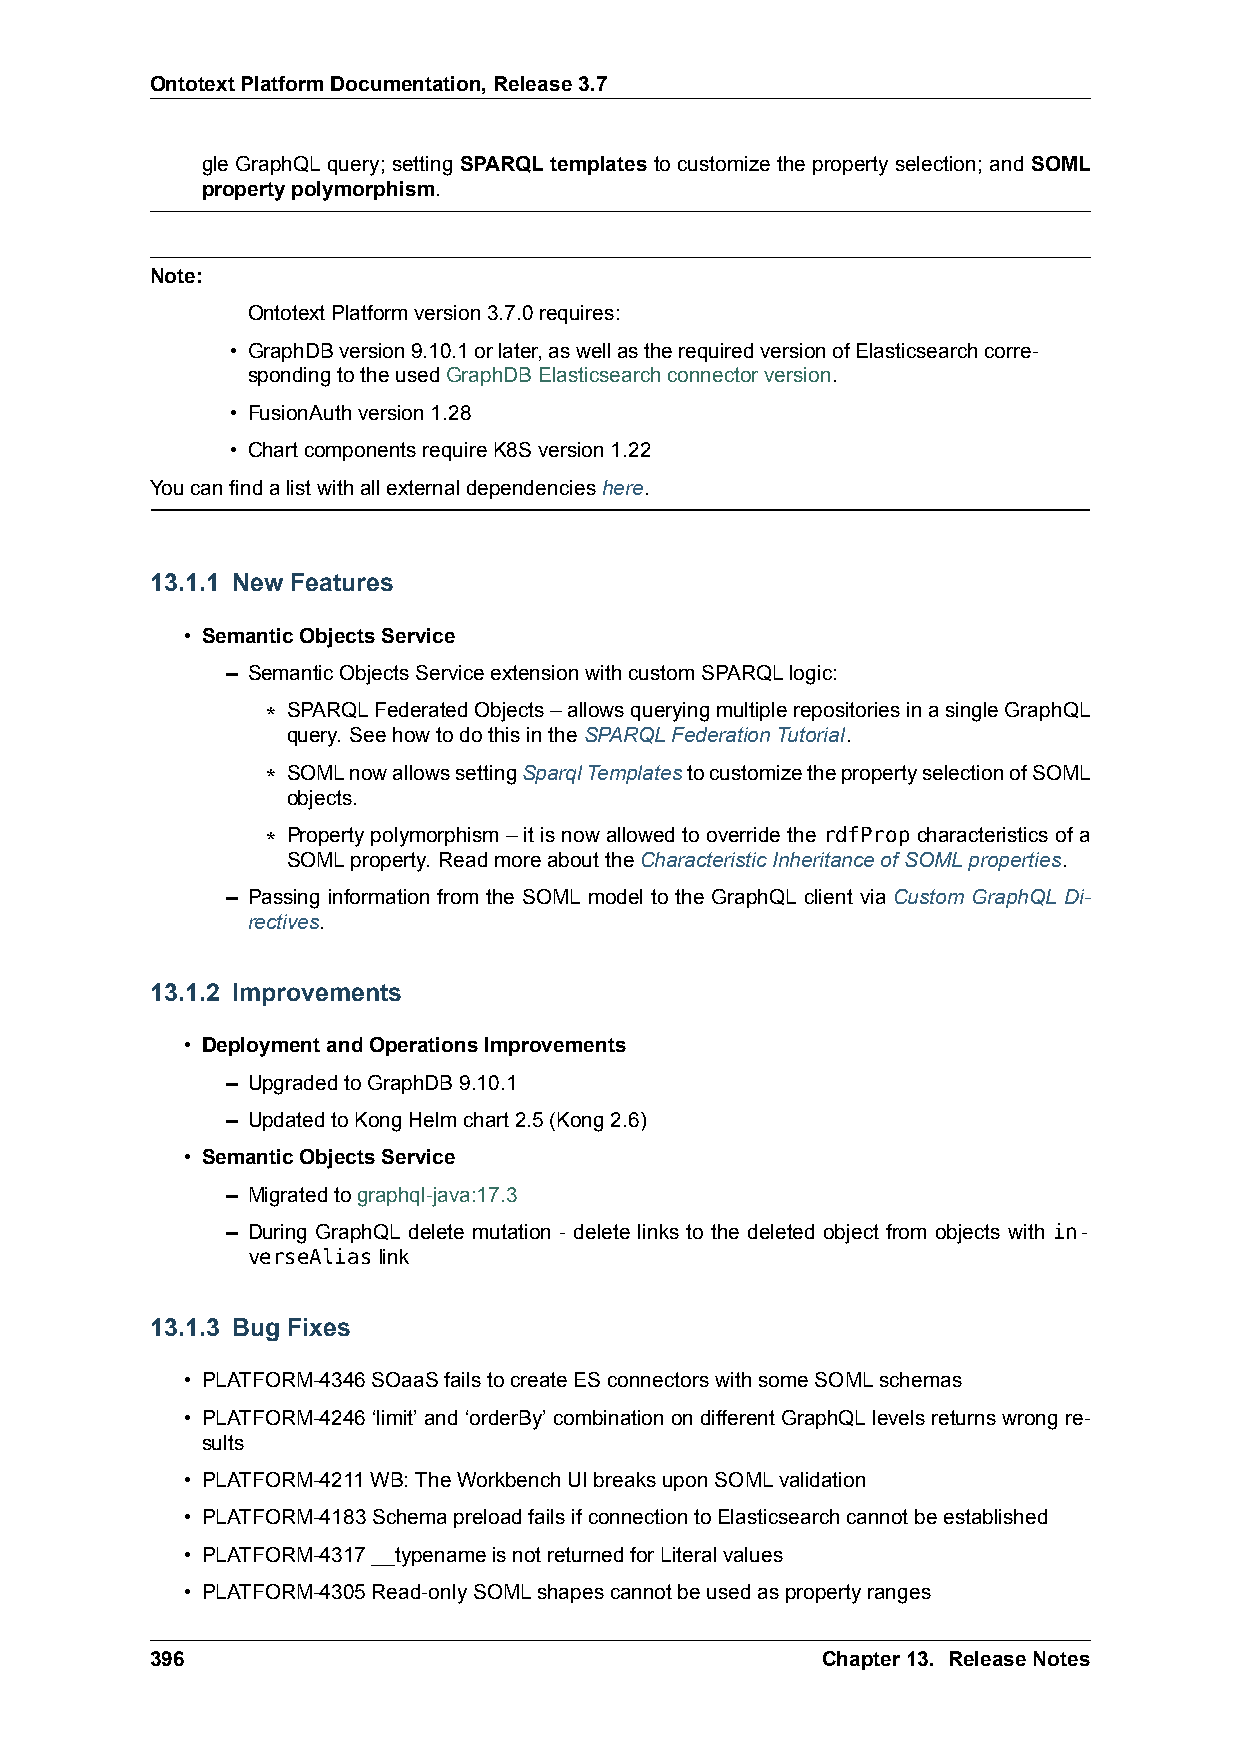
OntotextPlatformDocumentation,Release3.7
 gle GraphQL query; setting SPARQL templates to customize the property selection; and SOML
 propertypolymorphism.
 Note:
 OntotextPlatformversion3.7.0requires:
 • GraphDBversion9.10.1orlater,aswellastherequiredversionofElasticsearchcorre-
 spondingtotheusedGraphDBElasticsearchconnectorversion.
 • FusionAuthversion1.28
 • ChartcomponentsrequireK8Sversion1.22
 Youcanfindalistwithallexternaldependencieshere.
 13.1.1 New Features
 • SemanticObjectsService
 – SemanticObjectsServiceextensionwithcustomSPARQLlogic:
 * SPARQLFederatedObjects–allowsqueryingmultiplerepositoriesinasingleGraphQL
 query. SeehowtodothisintheSPARQLFederationTutorial.
 * SOMLnowallowssettingSparqlTemplatestocustomizethepropertyselectionofSOML
 objects.
 * Propertypolymorphism–itisnowallowedtooverridethe rdfPropcharacteristicsofa
 SOMLproperty. ReadmoreabouttheCharacteristicInheritanceofSOMLproperties.
 – Passing information from the SOML model to the GraphQL client via Custom GraphQL Di-
 rectives.
 13.1.2 Improvements
 • DeploymentandOperationsImprovements
 – UpgradedtoGraphDB9.10.1
 – UpdatedtoKongHelmchart2.5(Kong2.6)
 • SemanticObjectsService
 – Migratedtographql-java:17.3
 – During GraphQL delete mutation - delete links to the deleted object from objects with in-
 verseAliaslink
 13.1.3 Bug Fixes
 • PLATFORM-4346SOaaSfailstocreateESconnectorswithsomeSOMLschemas
 • PLATFORM-4246‘limit’and‘orderBy’combinationondifferentGraphQLlevelsreturnswrongre-
 sults
 • PLATFORM-4211WB:TheWorkbenchUIbreaksuponSOMLvalidation
 • PLATFORM-4183SchemapreloadfailsifconnectiontoElasticsearchcannotbeestablished
 • PLATFORM-4317__typenameisnotreturnedforLiteralvalues
 • PLATFORM-4305Read-onlySOMLshapescannotbeusedaspropertyranges
 396                                         Chapter13. ReleaseNotes